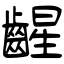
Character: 𫠛